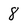
Character: 8